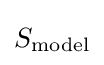
{\textstyle S_{\text{model}}}